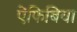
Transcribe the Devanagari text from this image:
ऐंफिबिया